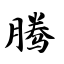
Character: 腾